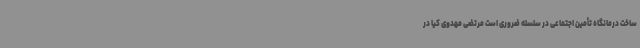
ساخت درمانگاه تأمین اجتماعی در سلسله ضروری است مرتضی مهدوی کیا در